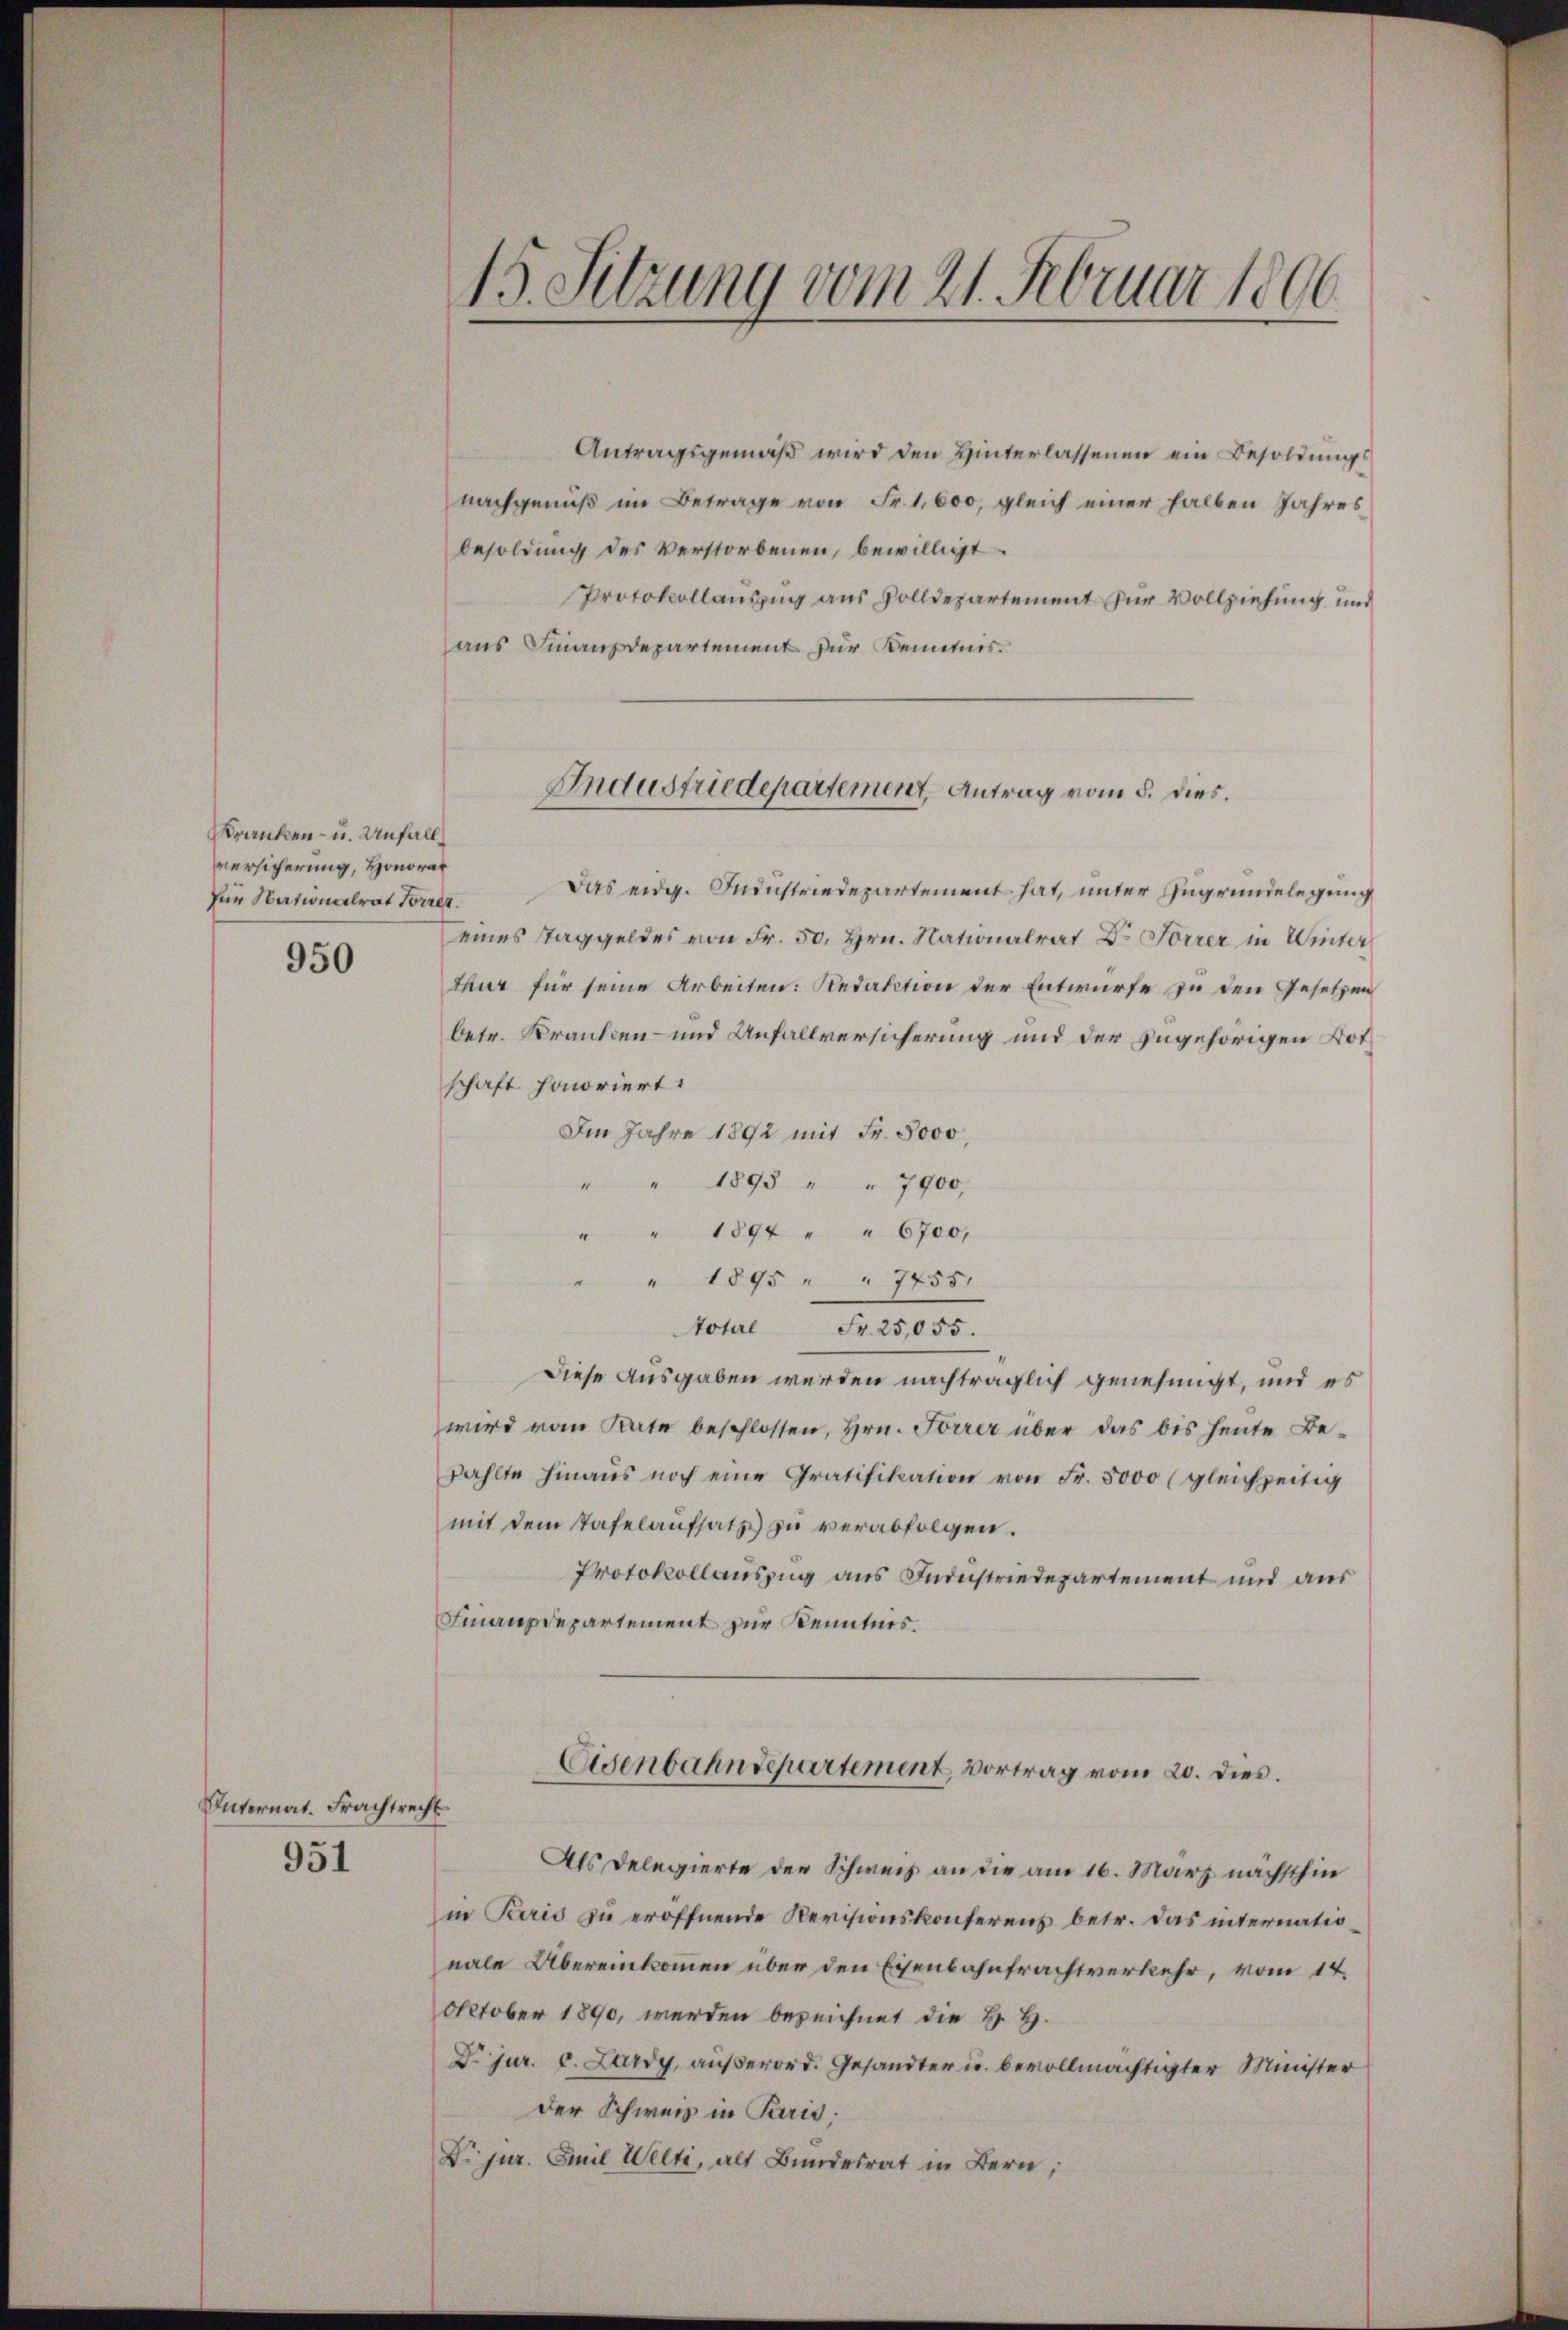
Kranken- u. Unfall
versicherung, Honorar
Für Nationalrat Forrer.

950

Internat. Frachtrecht

951

15. Sitzung vom 21. Februar 1806.

Antragsgemäß wird den Hinterlassenen ein Besoldungsnachgenuß im Betrage von Fr. 1,600, gleich einer halben Jahres
besoldung des Verstorbenen, bewilligt.
Protokollauszug aus Solldepartement für Vollziehung und
aus Finanzdepartement für Kenntnis.

Industriedepartement, Antrag vom 5. dies.

Das eidg. Industriedepartement hat, unter Zugrundelegung
eines Taggeldes von Fr. 50. Hrn. Nationalrat Dr. Forrer in Winter
thur für seine Arbeiten: Redaktion der Entwurfe zu den Gesetzen
betr. Kranken- und Anfallversicherung und der zugehörigen Botschaft honoriert.
Im Jahre 1892 mit Fr. 5000,
" " 1895 " " 7900,
" " 1894 " " 6700,
" " 1895 " " 7455.
Notel Fr. 25,055.
Diese Ausgaben werden nachträglich genehmigt, und es
wird vom Rate beschlossen, Hrn. Forrer über das bis heute Bezählte hinaŭs noch eine Gratifikation von Fr. 5000 (gleichzeitig
mit dem Tafelaufsatz zu verabfolgen.
Protokollauszug aus Industriedepartement und aus
Finanzdepartement zur Kenntnis.

Eisenbahndepartement vortrag vom 20. dies.

Als Delegierte der Schweiz an die am 16. März nächsthin
in Paris zu eröffnende Revisionskonferens betr. das internationale Übereinkommen über den Eisenbahntrachtverkehr, vom 14.
October 1890, werden bezeichnet die H. H.
Dr. jur. c. Lardy, außerord. Gesandter u. bevollmächtigter Minister
der Schweiz in Paris;
Dr. jur. Emil Welti, als Bundesrat in Bern,